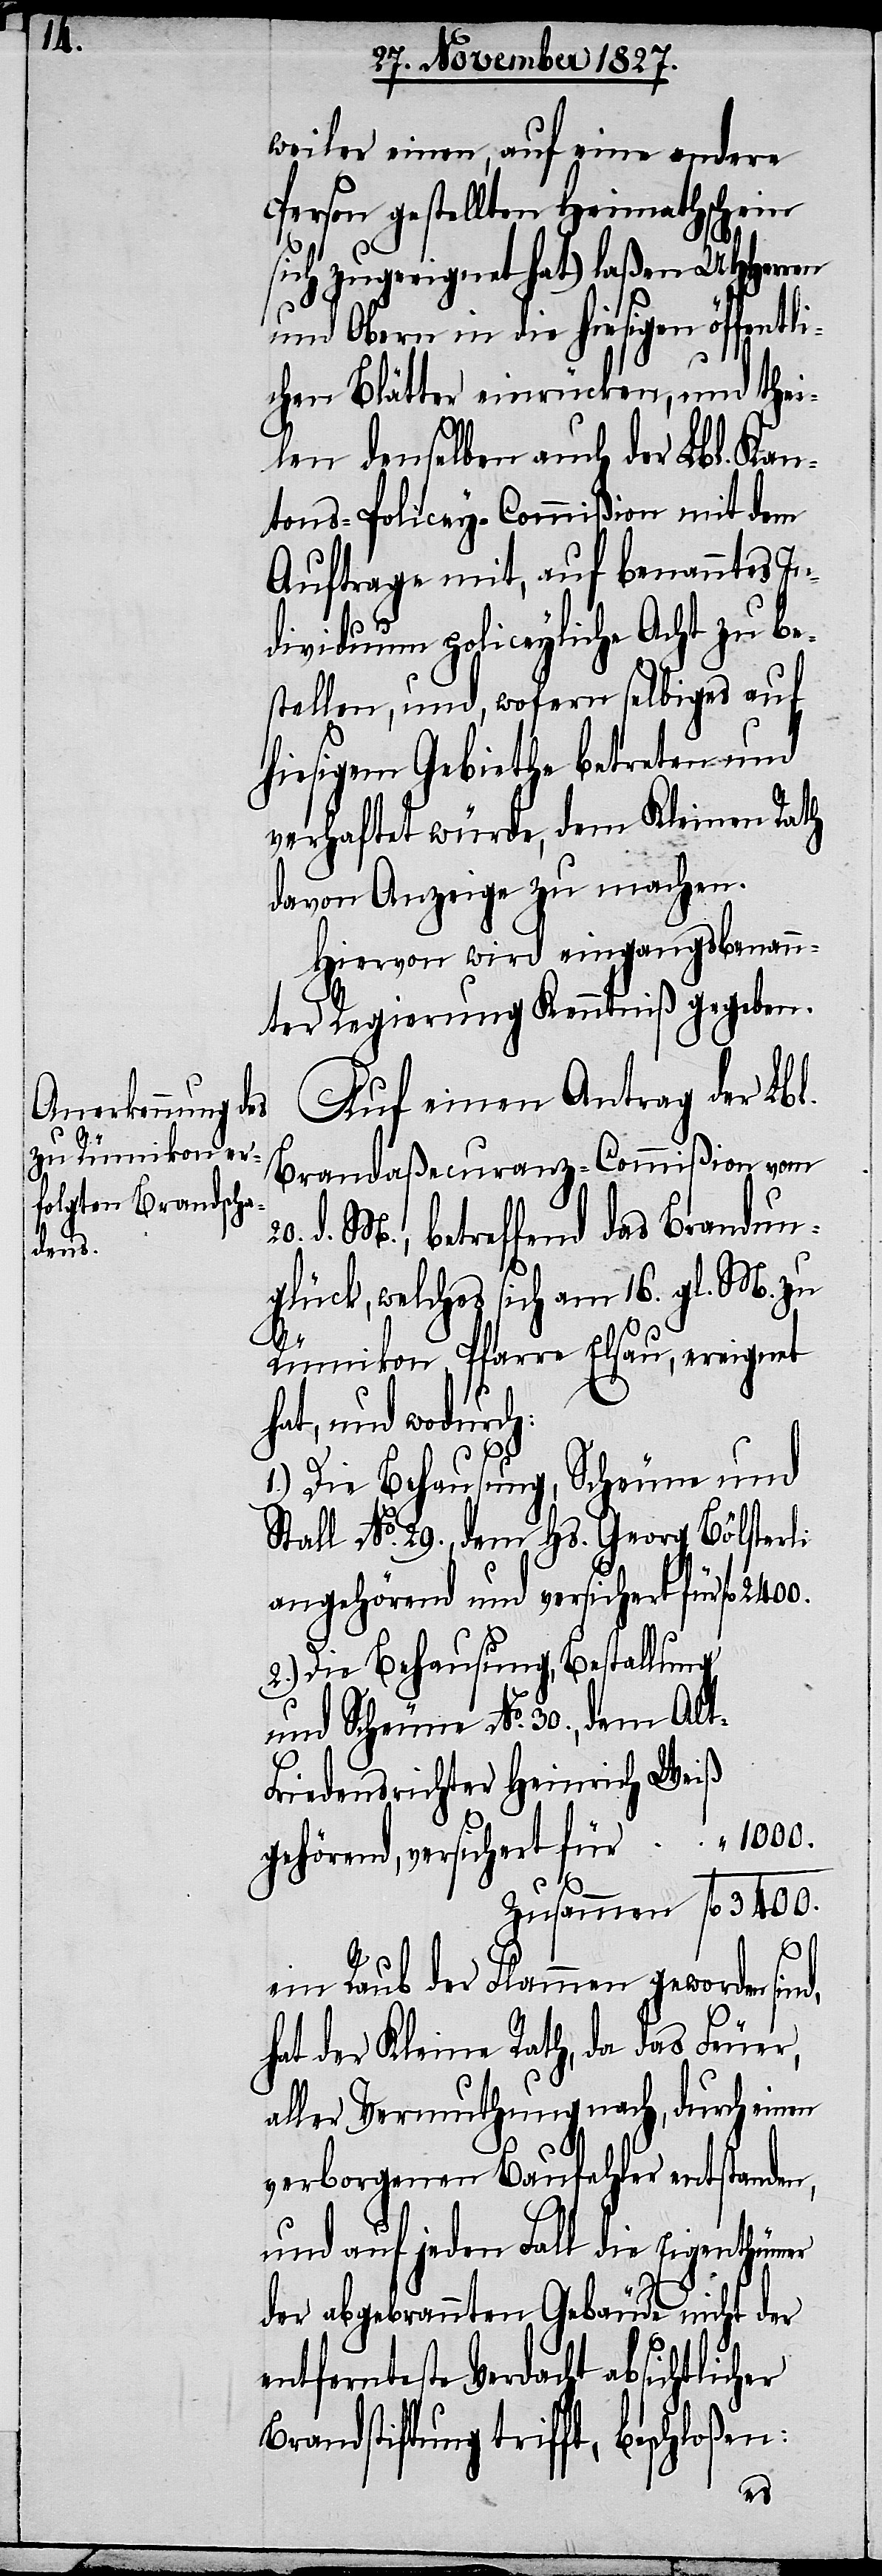
weiler einen, auf eine andere
Person gestellten Heimathschein
sich angeeignet hat) laßen UHHerren
und Obern in die hiesigen öffentli¬
chen Blätter einrücken, und thei¬
len denselben auch der Lbl. Kan¬
tons-Policey-Commißion mit dem
Auftrage mit, auf benanntes In¬
dividuum policeyliche Acht zu be¬
stellen, und, wofern selbiges auf
hiesigem Gebiethe betreten und
verhaftet würde, dem Kleinen Rath
davon Anzeige zu machen.
Hiervon wird eingangsbenann¬
ter Regierung Kenntniß gegeben.
Auf einen Antrag der Lbl.
Brandaßecuranz-Commißion vom
d. M., betreffend das Brandun¬
glück, welches sich am 16. gl. M. zu
her
Rümikon, Pfarre Elsau, ereignet
hat, und wodurch:
1.) Die Behausung, Scheune und
Stall No. 29., dem Hs. Georg Bölsterli
angehörend und versichert für 	fl.
2.) Die Behausung, Bestellung
und Scheune No. 30., dem Alt-F¬
riedensrichter Heinrich Weiß
gehörend, versichert für 	“ 1000.
zusammen	fl. 3400.
lic¬
ein Raub der Flammen geworden sind,
hat der Kleine Rath, da das Feuer,
aller Vermuthung nach, durch einen
verborgenen Baufehler entstanden,
und auf jeden Fall die Eigenthümer
der abgebrannten Gebäude nicht der
entfernteste Verdacht absicht¬
Brandstiftung trifft, beschloßen:
20.